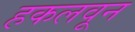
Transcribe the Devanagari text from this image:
हकलवून